Virumaa_algkoolid, lk 77
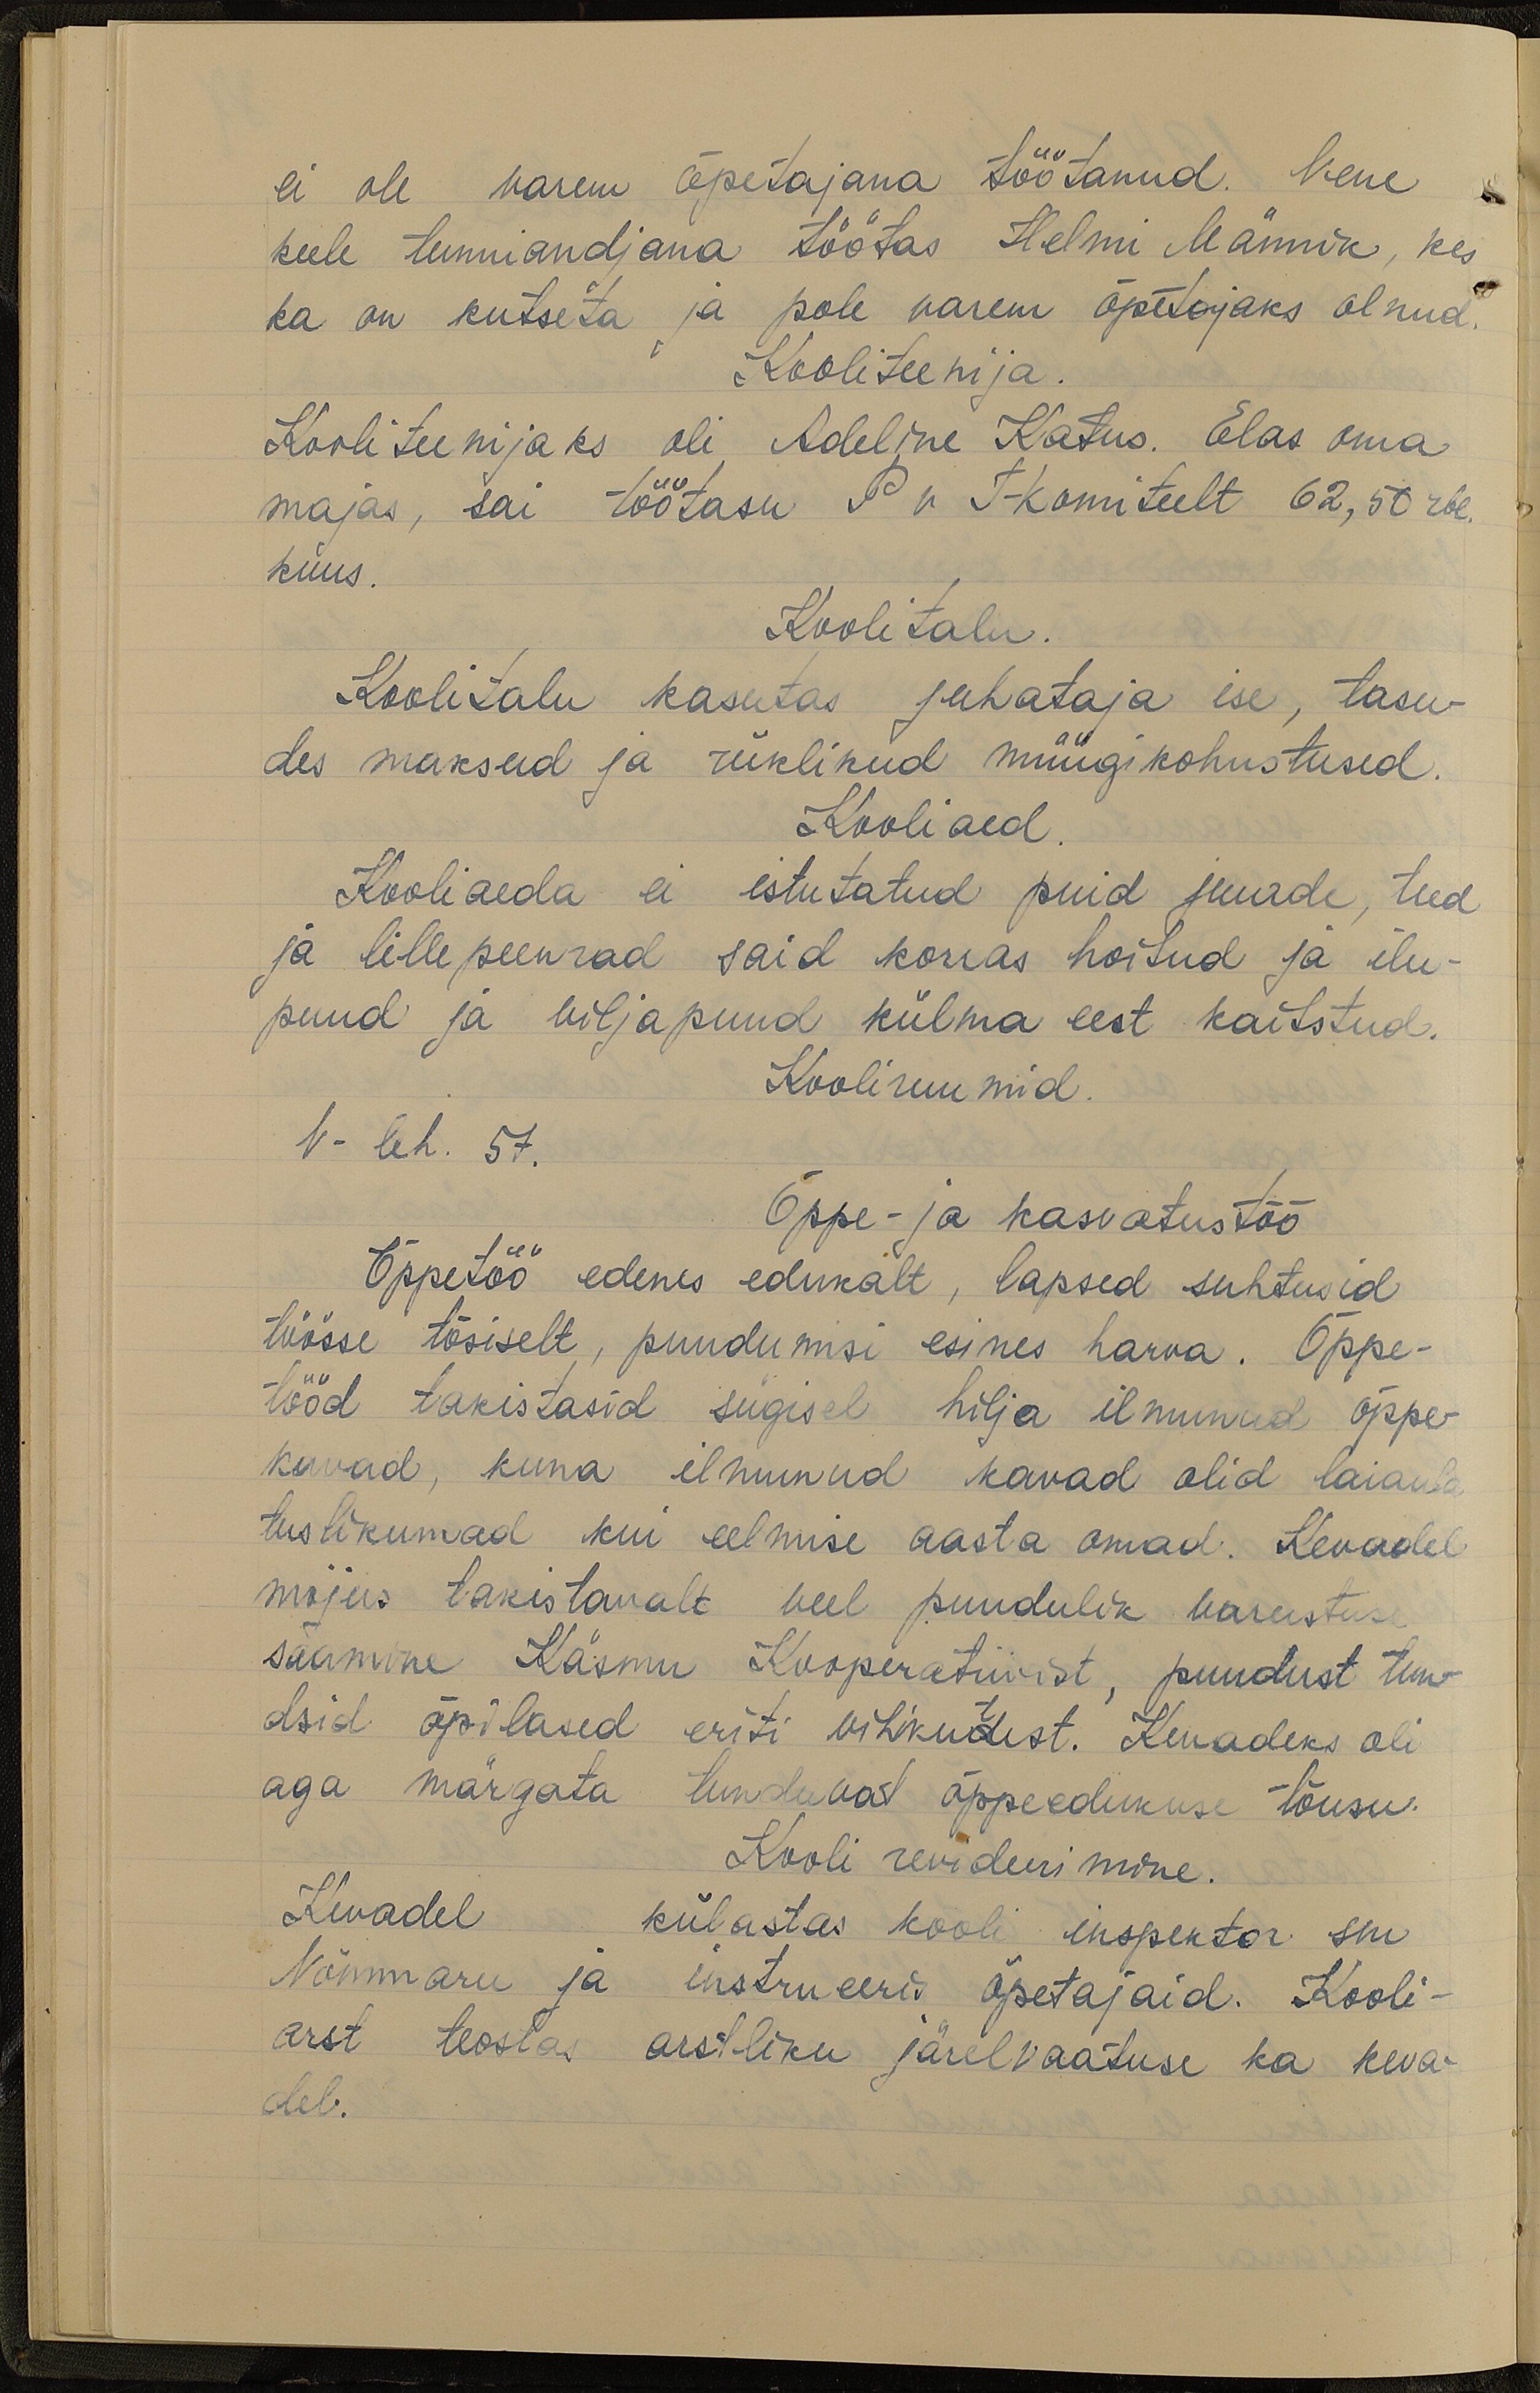
ei ole varem õpetajana töötanud. Vene
keele tunniandjana töötas Helmi Männik, kes
ka on kutseta ja pole varem õpetajaks olnud
Kooliteenija.
Kooliteenijaks oli Adeline Katus. Elas oma
majas, sai töötasu P v T-komiteelt 62,50 rbl.
kuus.
Koolitalu.
Koolitalu kasutas juhataja ise, tasu-
des maksud ja riiklikud müügikohustused.
Kooliaed
Kooliaeda ei isutatud puid juurde, teed
ja lillepeenrad said korras hoitud ja ilu-
puud ja viljapuud külma eest kaitstud.
Kooliruumid
V-leh. 57.
Õppe- ja kasvatustöö
Õppetöö edenes edukalt, lapsed suhtusid
töösse tõsiselt, puudumisi esines harva. Õppe-
tööd takistasid sügisel hilja ilmunud õppe-
kavad, kuna ilmunud kavad olid laiaula-
tuslikumad kui eelmise aasta omad: Kevadel
mõjus takistavalt veel puudulik varustuse
saamine Käsmu Kooperatiivist, puudust tun-
dsid õpilased eriti vihikutest. Kevadeks oli
aga märgata tunduvat õppeedukuse tõusu
Kooli revideerimine.
Kevadel külastas kooli inspektor sm
Nõmmaru ja instrueerid õpetajaid. Kooli-
arst teostas arstliku järelvaatuse ka keva-
del.